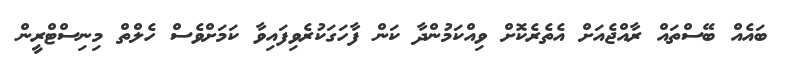
ބައެއް ބޭސްތައް ރާއްޖެއަށް އެތެރެކޮށް ވިއްކަމުންދާ ކަން ފާހަގަކުރެވިފައިވާ ކަމަށްވެސް ހެލްތް މިނިސްޓްރީން